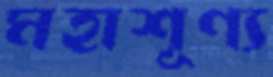
মহাশূণ্য